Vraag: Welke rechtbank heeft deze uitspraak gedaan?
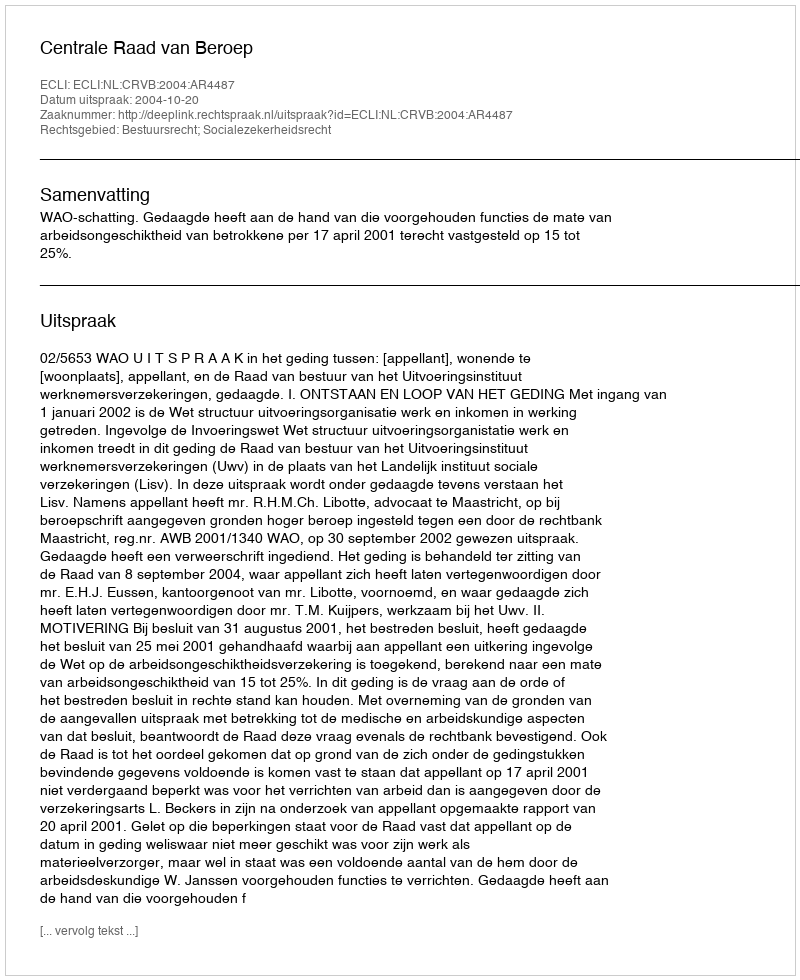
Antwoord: Centrale Raad van Beroep